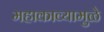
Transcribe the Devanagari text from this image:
महाकाव्यामुळे